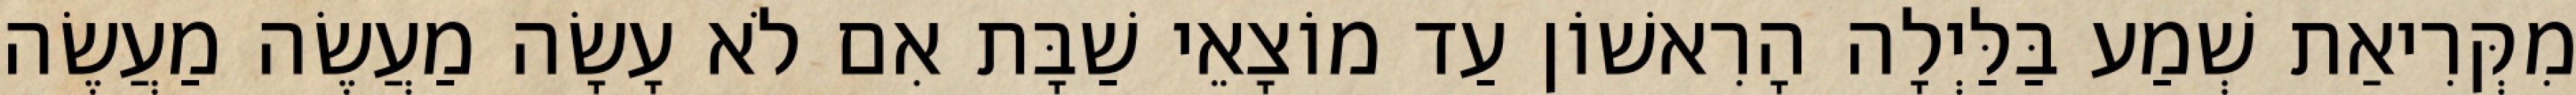
מִקְּרִיאַת שְׁמַע בַּלַּיְלָה הָרִאשׁוֹן עַד מוֹצָאֵי שַׁבָּת אִם לֹא עָשָׂה מַעֲשֶׂה מַעֲשֶׂה